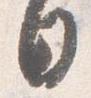
日